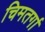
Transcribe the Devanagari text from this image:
चिमतर्गा